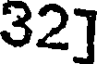
32]